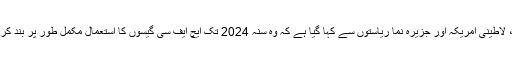
چین، لاطینی امریکہ اور جزیرہ نما ریاستوں سے کہا گیا ہے کہ وہ سنہ 2024 تک ایچ ایف سی گیسوں کا استعمال مکمل طور پر بند کر دیں۔